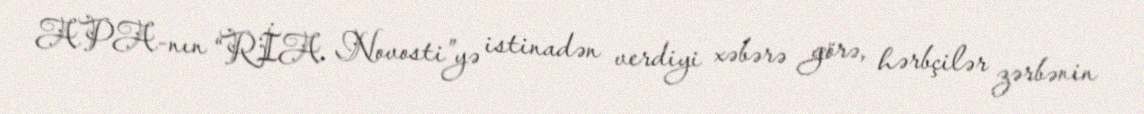
APA-nın “RİA Novosti”yə istinadən verdiyi xəbərə görə, hərbçilər zərbənin